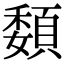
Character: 䫋